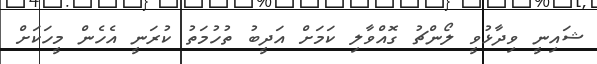
ޝައިނީ ވިދާޅުވީ ލޯންޗު ގޮއްވާލި ކަމަށް އަދީބު ތުހުމަތު ކުރަނީ އެހެން މީހަކަށް